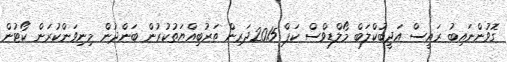
ގޮވުންނައިބު ރައީސް އަދީބުކްލަބް މޯލްޑިވްސް ކަޕް 2015ދަރިން ތަރުބިއްޔަތުކުރުން ބަންދުން މިނިވަންކުރަން ކޯޓުން